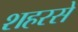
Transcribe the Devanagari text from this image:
शहरसे